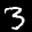
Label: 3